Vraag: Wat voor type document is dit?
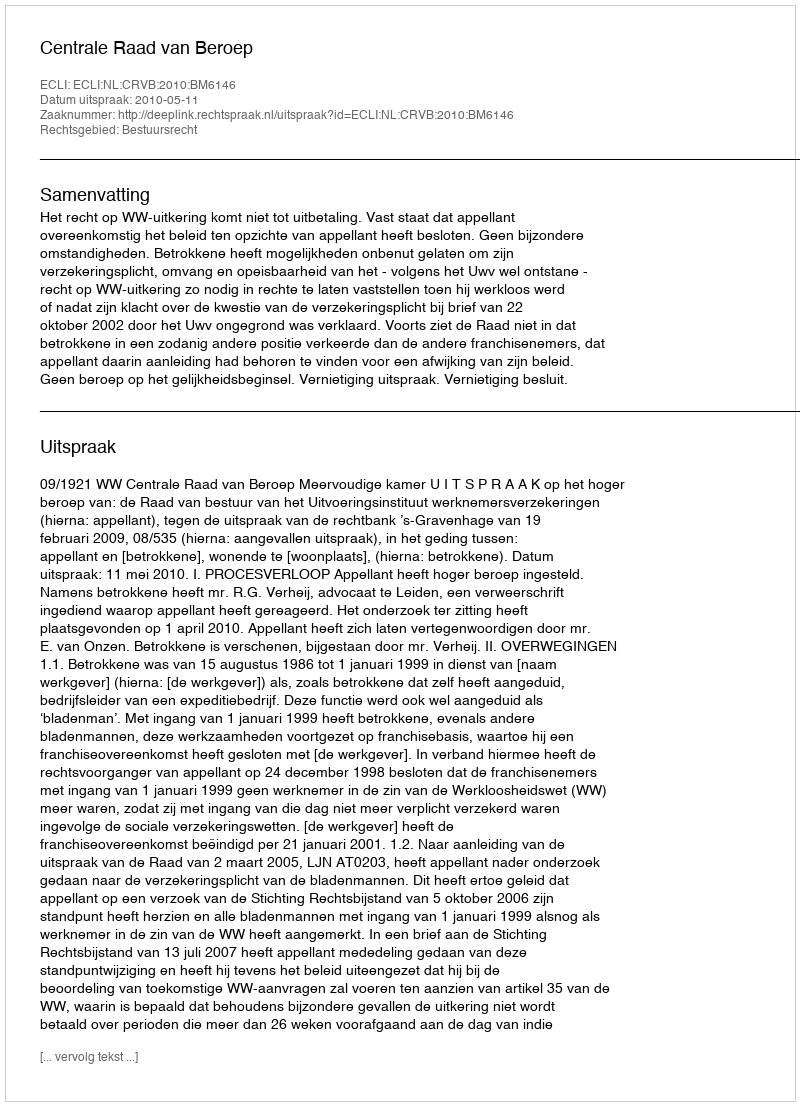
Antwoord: Uitspraak